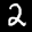
Label: 2